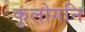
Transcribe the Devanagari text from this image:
कुलोगनि